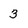
Character: 3